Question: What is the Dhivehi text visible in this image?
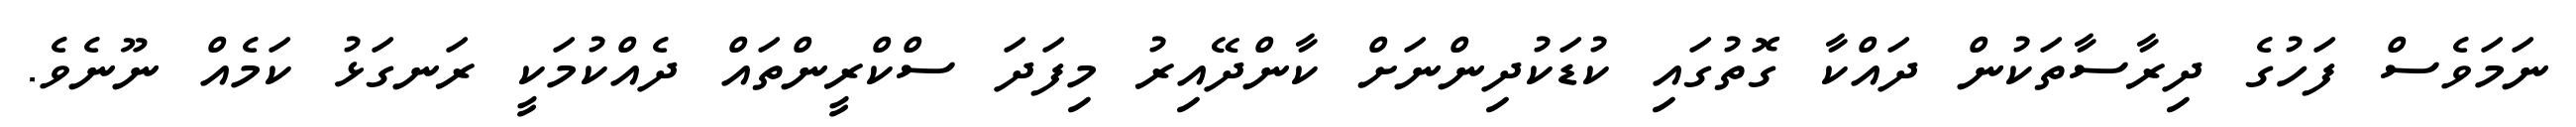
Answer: ނަމަވެސް ފަހުގެ ދިރާސާތަކުން ދައްކާ ގޮތުގައި ކުޑަކުދިންނަށް ކާންދޭއިރު މިފަދަ ސްކްރީންތައް ދެއްކުމަކީ ރަނގަޅު ކަމެއް ނޫނެވެ.